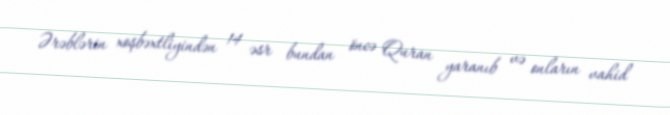
Ərəblərin xoşbəxtliyindən 14 əsr bundan öncə Quran yaranıb və onların vahid